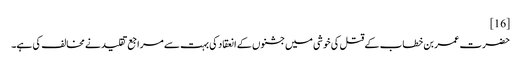
[16]
حضرت عمر بن خطاب کے قتل کی خوشی میں جشنوں کے انعقاد کی بہت سے مراجع تقلید نے مخالف کی ہے۔